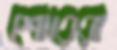
শোরেরা